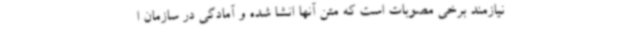
نیازمند برخی مصوبات است که متن آنها انشا شده و آمادگی در سازمان ا